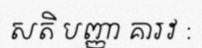
សតិ បញ្ញា គារវ :